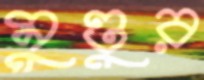
মুণ্ডুর